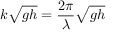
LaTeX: k { \sqrt { g h } } = { \frac { 2 \pi } { \lambda } } { \sqrt { g h } }